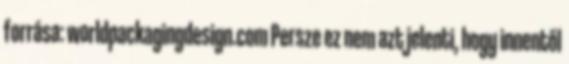
forrása: worldpackagingdesign.com Persze ez nem azt jelenti, hogy innentől